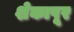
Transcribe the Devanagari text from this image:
शेकापूर